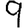
Digit: 9